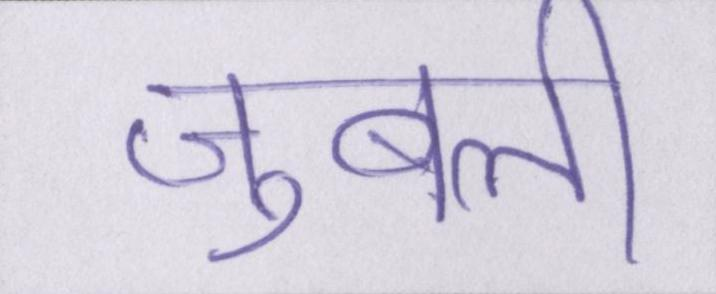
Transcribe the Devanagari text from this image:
जुबली